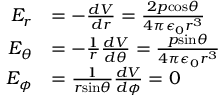
\begin{array} { r l } { E _ { r } } & { = - \frac { d V } { d r } = \frac { 2 p \mathrm { c o s } \theta } { 4 \pi \epsilon _ { 0 } r ^ { 3 } } } \\ { E _ { \theta } } & { = - \frac { 1 } { r } \frac { d V } { d \theta } = \frac { p \mathrm { s i n } \theta } { 4 \pi \epsilon _ { 0 } r ^ { 3 } } } \\ { E _ { \phi } } & { = \frac { 1 } { r \mathrm { s i n } \theta } \frac { d V } { d \phi } = 0 } \end{array}